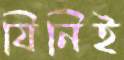
যিনিই